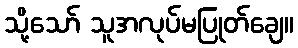
သို့သော် သူအလုပ်မပြုတ်ချေ။